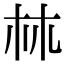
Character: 𣏟